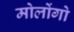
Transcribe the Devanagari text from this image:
मोलोंगो